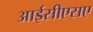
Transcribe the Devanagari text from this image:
आईसीएसए